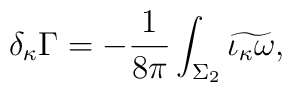
\delta_{\kappa}\Gamma=-{{1}\over{8\pi}}\int_{\Sigma_2}\widetilde{\iota_\kappa\omega},